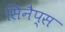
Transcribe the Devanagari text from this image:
सिनैप्स